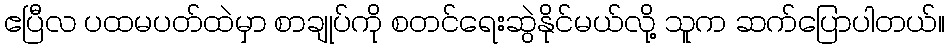
ဧပြီလ ပထမပတ်ထဲမှာ စာချုပ်ကို စတင်ရေးဆွဲနိုင်မယ်လို့ သူက ဆက်ပြောပါတယ်။